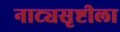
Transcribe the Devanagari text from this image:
नाट्यसृष्टीला